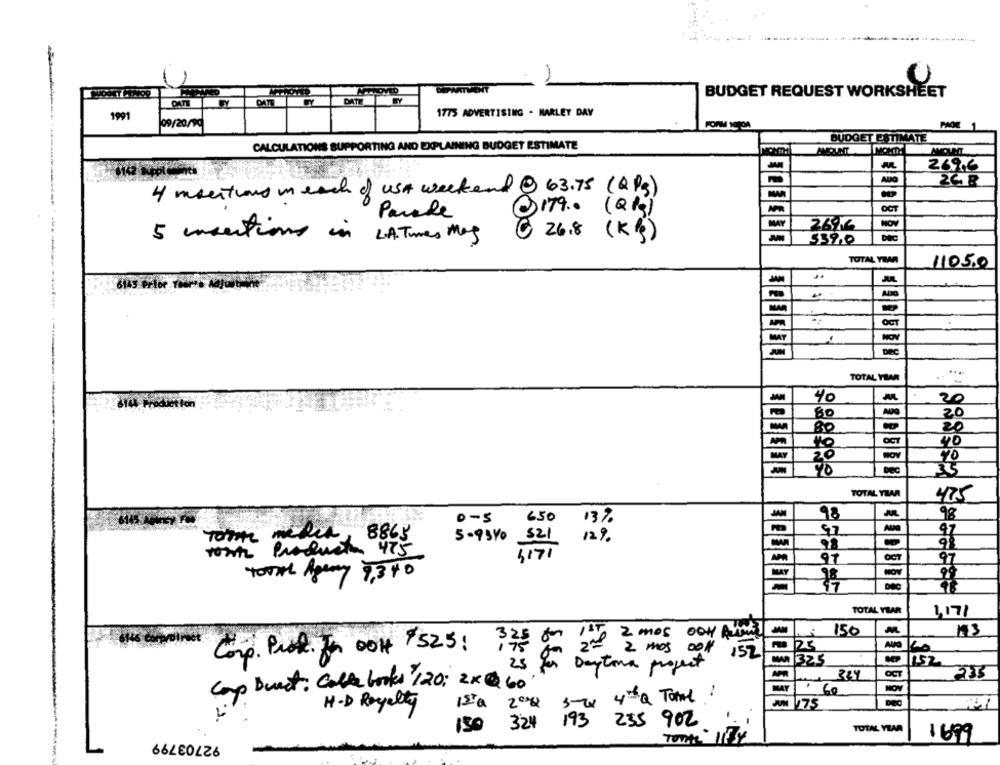
DEPARTMENT
BUDGET REQUEST WORKSHEET
DATE
1991
1773 ADVERTISING - HARLEY DAY
09/20/90
FORM 19'DA
PAGE 1
BUDGET ESTIMATE
CALCULATIONS SUPPORTING AND EXPLAINING BUDGET ESTIMATE
-
269,6
6142
AUG
26. 8
4 mentions in each of USA weekend @ 63.75 (2Pg)
OCT
Parale
@179 .. (Q kg)
NO
LA. Tues Mag
@ 26.8 ( Kg )
DEC
5 mentions in
539.0
TOTAL YEAR
1105.0
614S
OCT
.
TOTAL YEAR
-
-
40
20
80
20
80
20
OCT
40
20
NOV
-
Dec
35
TOTAL YEAR
475
0-5
650
98
98
13%
Tore media, 8863
97
5-93YO
12%
most Production 475
97
OCT
97
TOTAL Apay 7.3 40
-
TOTAL YHAR
1,17/
-
150
1st 2 mos OCH fun!
25
Corp. Prot. fr OOH 525:
152
On 2 2 mos Doll
MA 32.5
152
25
Daytona project
OCT
233
Cap Burst: Calle books 120: 2x Q 60
MAY
60
1sta 2000 5rx 4h & Tome :
V75
H-D Royalty
324 193 235 902
TOTAL YEAR
150
92703799
1699